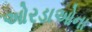
ઓરડાઓના